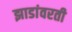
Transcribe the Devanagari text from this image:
झाडांवरती